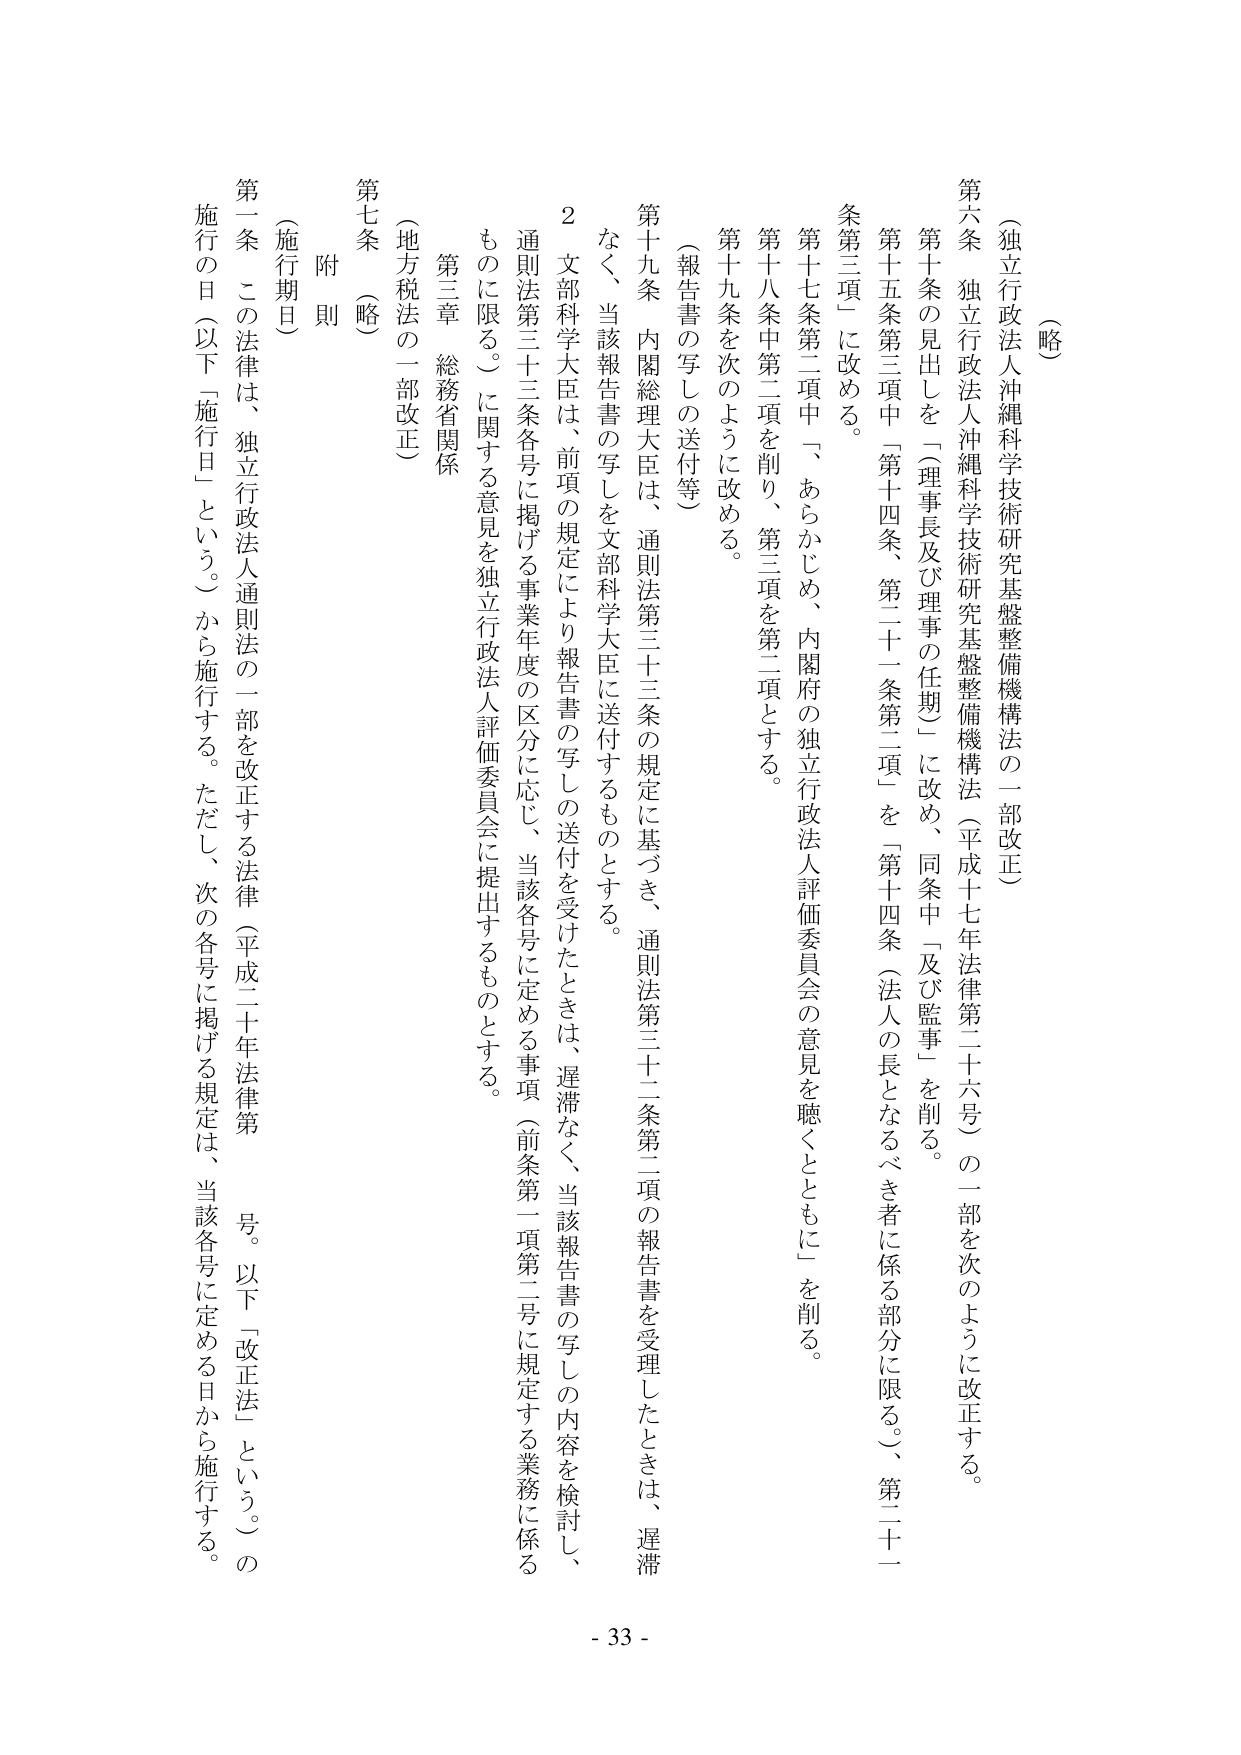
（略）

第六条　独立行政法人沖縄科学技術研究基盤整備機構法の一部改正

　独立行政法人沖縄科学技術研究基盤整備機構法（平成十七年法律第二十六号）の一部を次のように改正する。

　第十条の見出しを「（理事長及び理事の任期）」に改め、同条中「及び監事」を削る。

　第十五条第三項中「第十四条、第二十一条第二項」を「第十四条（法人の長となるべき者に係る部分に限る。）、第二十一条第三項」に改める。

　第十七条第二項中「、あらかじめ、内閣府の独立行政法人評価委員会の意見を聴くとともに」を削る。

　第十八条中第二項を削り、第三項を第二項とする。

　第十九条を次のように改める。

　（報告書の写しの送付等）

　第十九条　内閣総理大臣は、通則法第三十三条の規定に基づき、通則法第三十二条第二項の報告書を受理したときは、遅滞なく、当該報告書の写しを文部科学大臣に送付するものとする。

　２　文部科学大臣は、前項の規定により報告書の写しの送付を受けたときは、遅滞なく、当該報告書の写しの内容を検討し、通則法第三十三条各号に掲げる事業年度の区分に応じ、当該各号に定める事項（前条第二項第二号に規定する業務に係るものに限る。）に関する意見を独立行政法人評価委員会に提出するものとする。

　第三章　総務省関係

　（地方税法の一部改正）

第七条　（略）

附則

　（施行期日）

　第一条　この法律は、独立行政法人通則法の一部を改正する法律（平成二十年法律第　　号。以下「改正法」という。）の施行の日（以下「施行日」という。）から施行する。ただし、次の各号に掲げる規定は、当該各号に定める日から施行する。

- 33 -